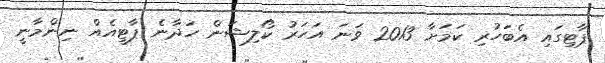
ޕާޓިގައި އެބަހުރި ކަމަށާ 2013 ވަނަ އަހަރު ކޯލިޝަން ހަދާނެ ޕާޓީއެއް ނިންމާނީ